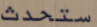
ستحدث